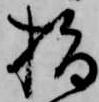
指